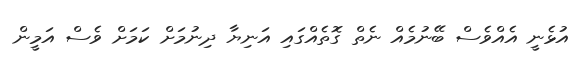
އުޅެނީ އެއްވެސް ބޭނުމެއް ނެތް ގޮތެއްގައި އަނިޔާ ދިނުމަށް ކަމަށް ވެސް އަމީން